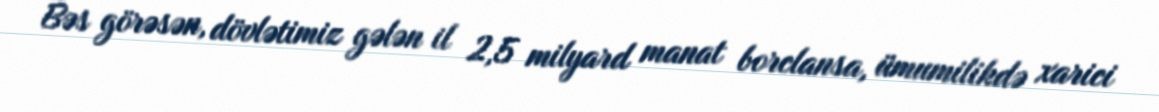
Bəs görəsən, dövlətimiz gələn il 2,5 milyard manat borclansa, ümumilikdə xarici